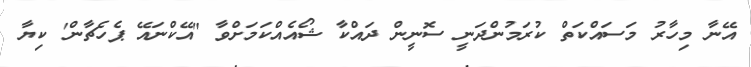
އޭނާ މިހާރު މަސައްކަތް ކުރަމުންދަނީ ސޮނީން ދައްކާ ޝޯއެއްކަމަށްވާ "އޭކްނައޭ ޕެހެޗާން' ކިޔާ